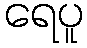
ရေပူ